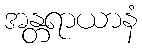
အန္တရာယာနံ